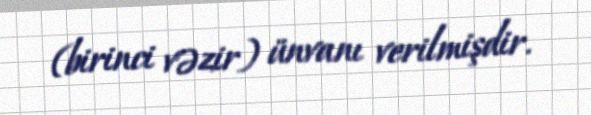
(birinci vəzir) ünvanı verilmişdir.